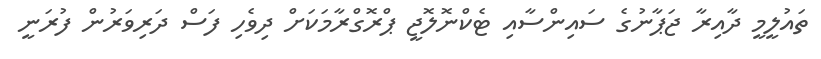
ތައުލީމީ ދާއިރާ ޖަޕާނުގެ ސައިންސާއި ޓެކްނޮލޮޖީ ޕްރޮގްރާމަކަށް ދިވެހި ފަސް ދަރިވަރުން ފުރަނީ